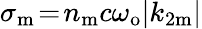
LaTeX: \sigma_{\mathrm{m}}\! =\! n_{\mathrm{m}}c\omega_{\mathrm{o}}|k_{2\mathrm{m}}|